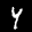
Label: 4